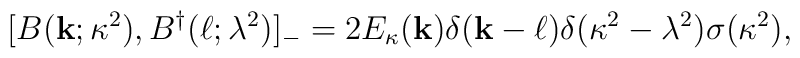
[B({\bf k};\kappa^2), B^\dagger({\bf \ell}; \lambda^2)]_-    =  2E_\kappa({\bf k}) \delta({\bf k}-{\bf \ell}) \delta(\kappa^2-\lambda^2)\sigma(\kappa^2),